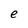
Character: e